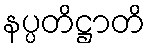
နပ္ပတိဋ္ဌာတိ